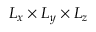
L _ { x } \times { } L _ { y } \times { } L _ { z }